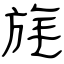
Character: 旄